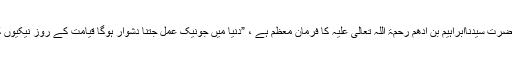
(شرح صحیح مسلم للنووی ج۱ص۳۹۰) حضرتِ سیدُناابراہیم بن اَدْھَم رحمۃ اللہ تعالیٰ علیہ کا فرمانِ معظَّم ہے ، ”دُنیا میں جونیک عَمَل جتنا دُشوار ہوگا قِیامت کے روز نیکیوں کے پَلڑے میں اُتنا ہی زیادہ وَزن دار ہوگا۔